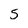
Character: 5